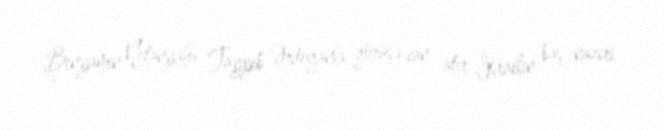
Benyamin Netanyahu Tayyib Ərdoğanla görüşə can atır İsrailin baş naziri